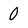
Character: 0